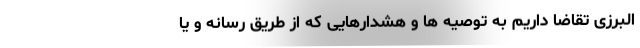
البرزی تقاضا داریم به توصیه ها و هشدارهایی که از طریق رسانه و یا